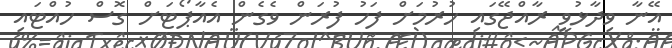
އޭނާ ވިދާޅުވީ ރާއްޖޭގައި ހުރުމަށް ފަހު ފުރަން ވެގެން އެއާޕޯޓަށް ގޮސް ހުއްޓައި